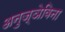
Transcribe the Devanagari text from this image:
अनुज्ञेविना